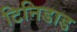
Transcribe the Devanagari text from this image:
टिनिडाड